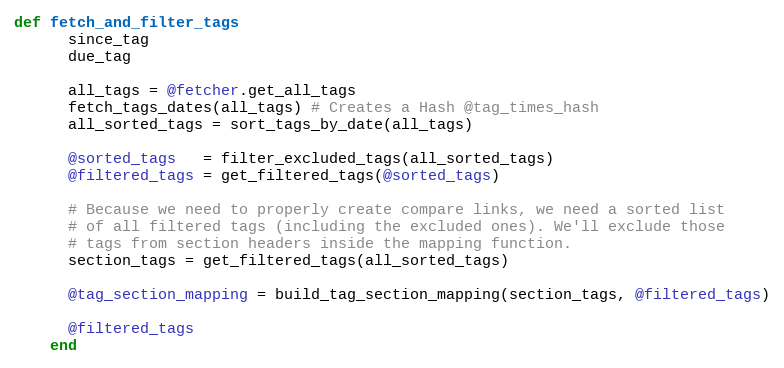
Language: Ruby
def fetch_and_filter_tags
      since_tag
      due_tag

      all_tags = @fetcher.get_all_tags
      fetch_tags_dates(all_tags) # Creates a Hash @tag_times_hash
      all_sorted_tags = sort_tags_by_date(all_tags)

      @sorted_tags   = filter_excluded_tags(all_sorted_tags)
      @filtered_tags = get_filtered_tags(@sorted_tags)

      # Because we need to properly create compare links, we need a sorted list
      # of all filtered tags (including the excluded ones). We'll exclude those
      # tags from section headers inside the mapping function.
      section_tags = get_filtered_tags(all_sorted_tags)

      @tag_section_mapping = build_tag_section_mapping(section_tags, @filtered_tags)

      @filtered_tags
    end